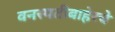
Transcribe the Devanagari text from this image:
वनस्पतीबाहेरचे